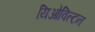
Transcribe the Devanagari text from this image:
यिओविल्टन